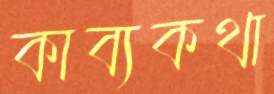
কাব্যকথা